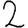
Digit: 2